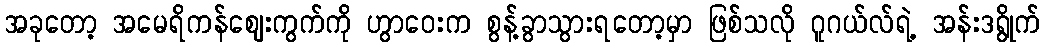
အခုတော့ အမေရိကန်ဈေးကွက်ကို ဟွာဝေးက စွန့်ခွာသွားရတော့မှာ ဖြစ်သလို ဂူဂယ်လ်ရဲ့ အန်းဒရွိုက်